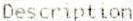
DESCRIPTION